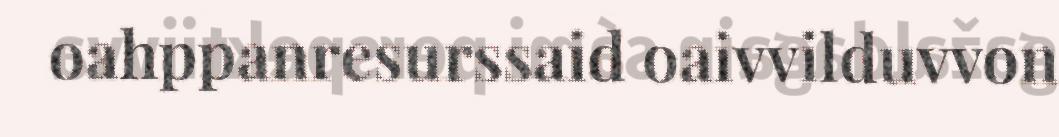
oahppanresurssaid oaivvilduvvon